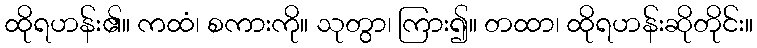
ထိုရဟန်း၏။ ကထံ၊ စကားကို။ သုတွာ၊ ကြား၍။ တထာ၊ ထိုရဟန်းဆိုတိုင်း။